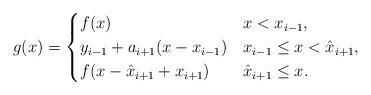
LaTeX: \begin{align*} g(x) = \begin{cases} f(x) & x < x_{i-1}, \\ y_{i-1} + a_{i+1}(x-x_{i-1}) & x_{i-1} \leq x < \hat{x}_{i+1}, \\ f(x - \hat{x}_{i+1} + x_{i+1}) & \hat{x}_{i+1} \leq x. \end{cases}\end{align*}